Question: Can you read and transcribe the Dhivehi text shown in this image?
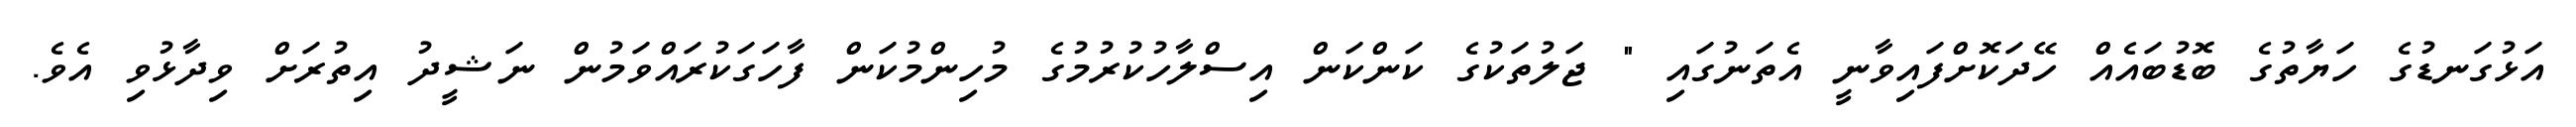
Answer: އަޅުގަނޑުގެ ހަޔާތުގެ ބޮޑުބައެއް ހޭދަކޮށްފައިވާނީ އެތަނުގައި " ޖަލުތަކުގެ ކަންކަން އިސްލާހުކުރުމުގެ މުހިންމުކަން ފާހަގަކުރައްވަމުން ނަޝީދު އިތުރަށް ވިދާޅުވި އެވެ.